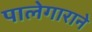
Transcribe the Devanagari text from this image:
पालेगाराने